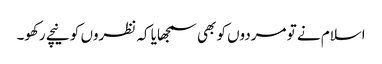
اسلام نے تو مردوں کو بھی سمجھایا کہ نظروں کو نیچے رکھو۔